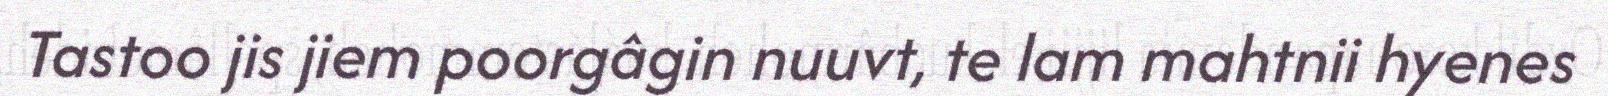
Tastoo jis jiem poorgâgin nuuvt, te lam mahtnii hyenes